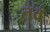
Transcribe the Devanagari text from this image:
तवं